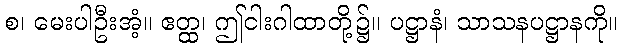
စ၊ မေးပါဦးအံ့။ ဧတ္ထ၊ ဤငါးဂါထာတို့၌။ ပဋ္ဌာနံ၊ သာသနပဋ္ဌာနကို။